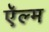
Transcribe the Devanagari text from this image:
ऍल्म